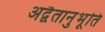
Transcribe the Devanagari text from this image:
अद्वैतानुभूति